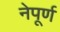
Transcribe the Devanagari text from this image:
नेपूर्ण